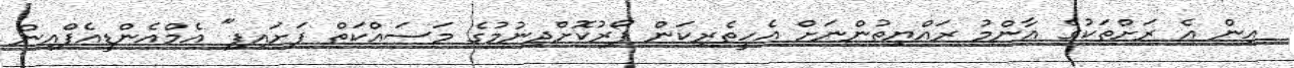
އިން އެ ރަށްތަކުގެ އާންމު ރައްޔިތުންނަށް އެހީތެރިކަން ފޯރުކޮށްދިނުމުގެ މަސައްކަތް ފަށައިފި" އެމްއެންޑީއެފްއިން